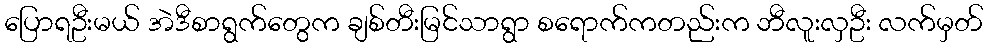
ပြောရဦးမယ် အဲဒီစာရွက်တွေက ချစ်တီးမြင်သာရွာ စရောက်ကတည်းက ဘီလူးလှဦး လက်မှတ်